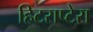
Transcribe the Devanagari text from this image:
हिटराप्टेरा